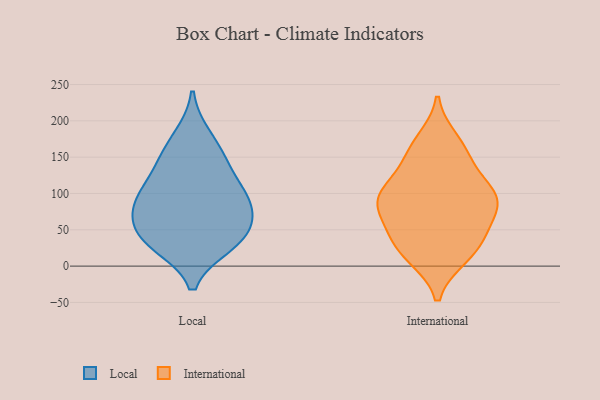
{"axis": {"x": "Gross Profit (USD K)", "y": "Value"}, "legend": ["International", "Local"], "data": [{"x": "", "y": 38, "type": "Local"}, {"x": "", "y": 107, "type": "Local"}, {"x": "", "y": 141, "type": "Local"}, {"x": "", "y": 75, "type": "Local"}, {"x": "", "y": 88, "type": "Local"}, {"x": "", "y": 41, "type": "Local"}, {"x": "", "y": 178, "type": "Local"}, {"x": "", "y": 97, "type": "Local"}, {"x": "", "y": 148, "type": "Local"}, {"x": "", "y": 78, "type": "Local"}, {"x": "", "y": 39, "type": "Local"}, {"x": "", "y": 30, "type": "Local"}, {"x": "", "y": 79, "type": "International"}, {"x": "", "y": 102, "type": "International"}, {"x": "", "y": 101, "type": "International"}, {"x": "", "y": 173, "type": "International"}, {"x": "", "y": 15, "type": "International"}, {"x": "", "y": 84, "type": "International"}, {"x": "", "y": 57, "type": "International"}, {"x": "", "y": 147, "type": "International"}, {"x": "", "y": 38, "type": "International"}, {"x": "", "y": 155, "type": "International"}, {"x": "", "y": 13, "type": "International"}, {"x": "", "y": 103, "type": "International"}, {"x": "", "y": 92, "type": "International"}, {"x": "", "y": 37, "type": "International"}]}